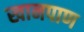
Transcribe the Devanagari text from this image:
खानपाण